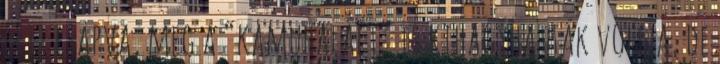
lett csapva, meg a “kamuhalált” is kihagyhatták volna, de